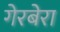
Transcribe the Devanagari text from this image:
गेरबेरा